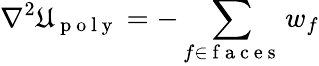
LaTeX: \nabla^{2}\mathfrak{U}_{\mathrm{{~p~o~l~y~}}}=-\sum_{f\in\mathrm{{~f~a~c~e~s~}}}w_{f}